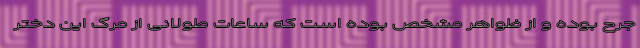
جرح بوده و از ظواهر مشخص بوده است که ساعات طولانی از مرگ این دختر